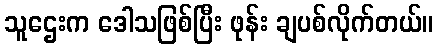
သူဌေးက ဒေါသဖြစ်ပြီး ဖုန်း ချပစ်လိုက်တယ်။